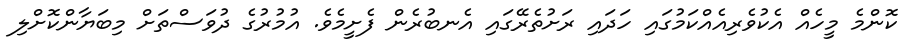
ކޮންމެ މީހެއް އެކުވެރިއެއްކަމުގައި ހަދައި ރަށުތެރޭގައި އެނބުރެން ފެށީމެވެ. އުމުރުގެ ދުވަސްތަށް މިބަޔާންކޮށްލި